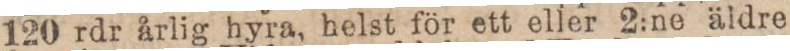
120 rdr årlig hyra, helst för ett eller 2:ne äldre